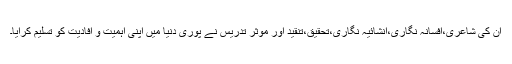
ان کی شاعری،افسانہ نگاری،انشائیہ نگاری،تحقیق،تنقید اور موثر تدریس نے پوری دنیا میں اپنی اہمیت و افادیت کو تسلیم کرایا۔